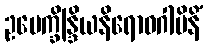
ဥပေက္ခိန္ဒြိယနိရောဓဂါမိနိံ